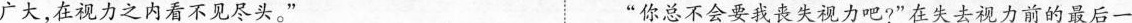
广大，在视力之内看不见尽头。” ”你总不会要我丧失视力吧?”在失去视力前的最后一